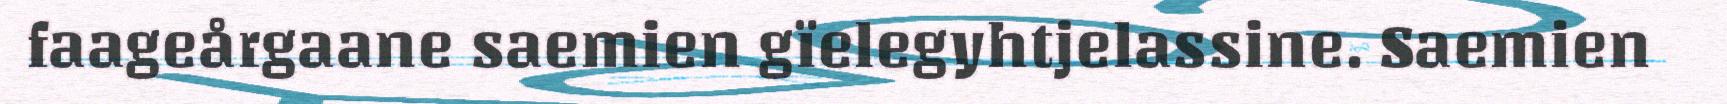
faageårgaane saemien gïelegyhtjelassine. Saemien